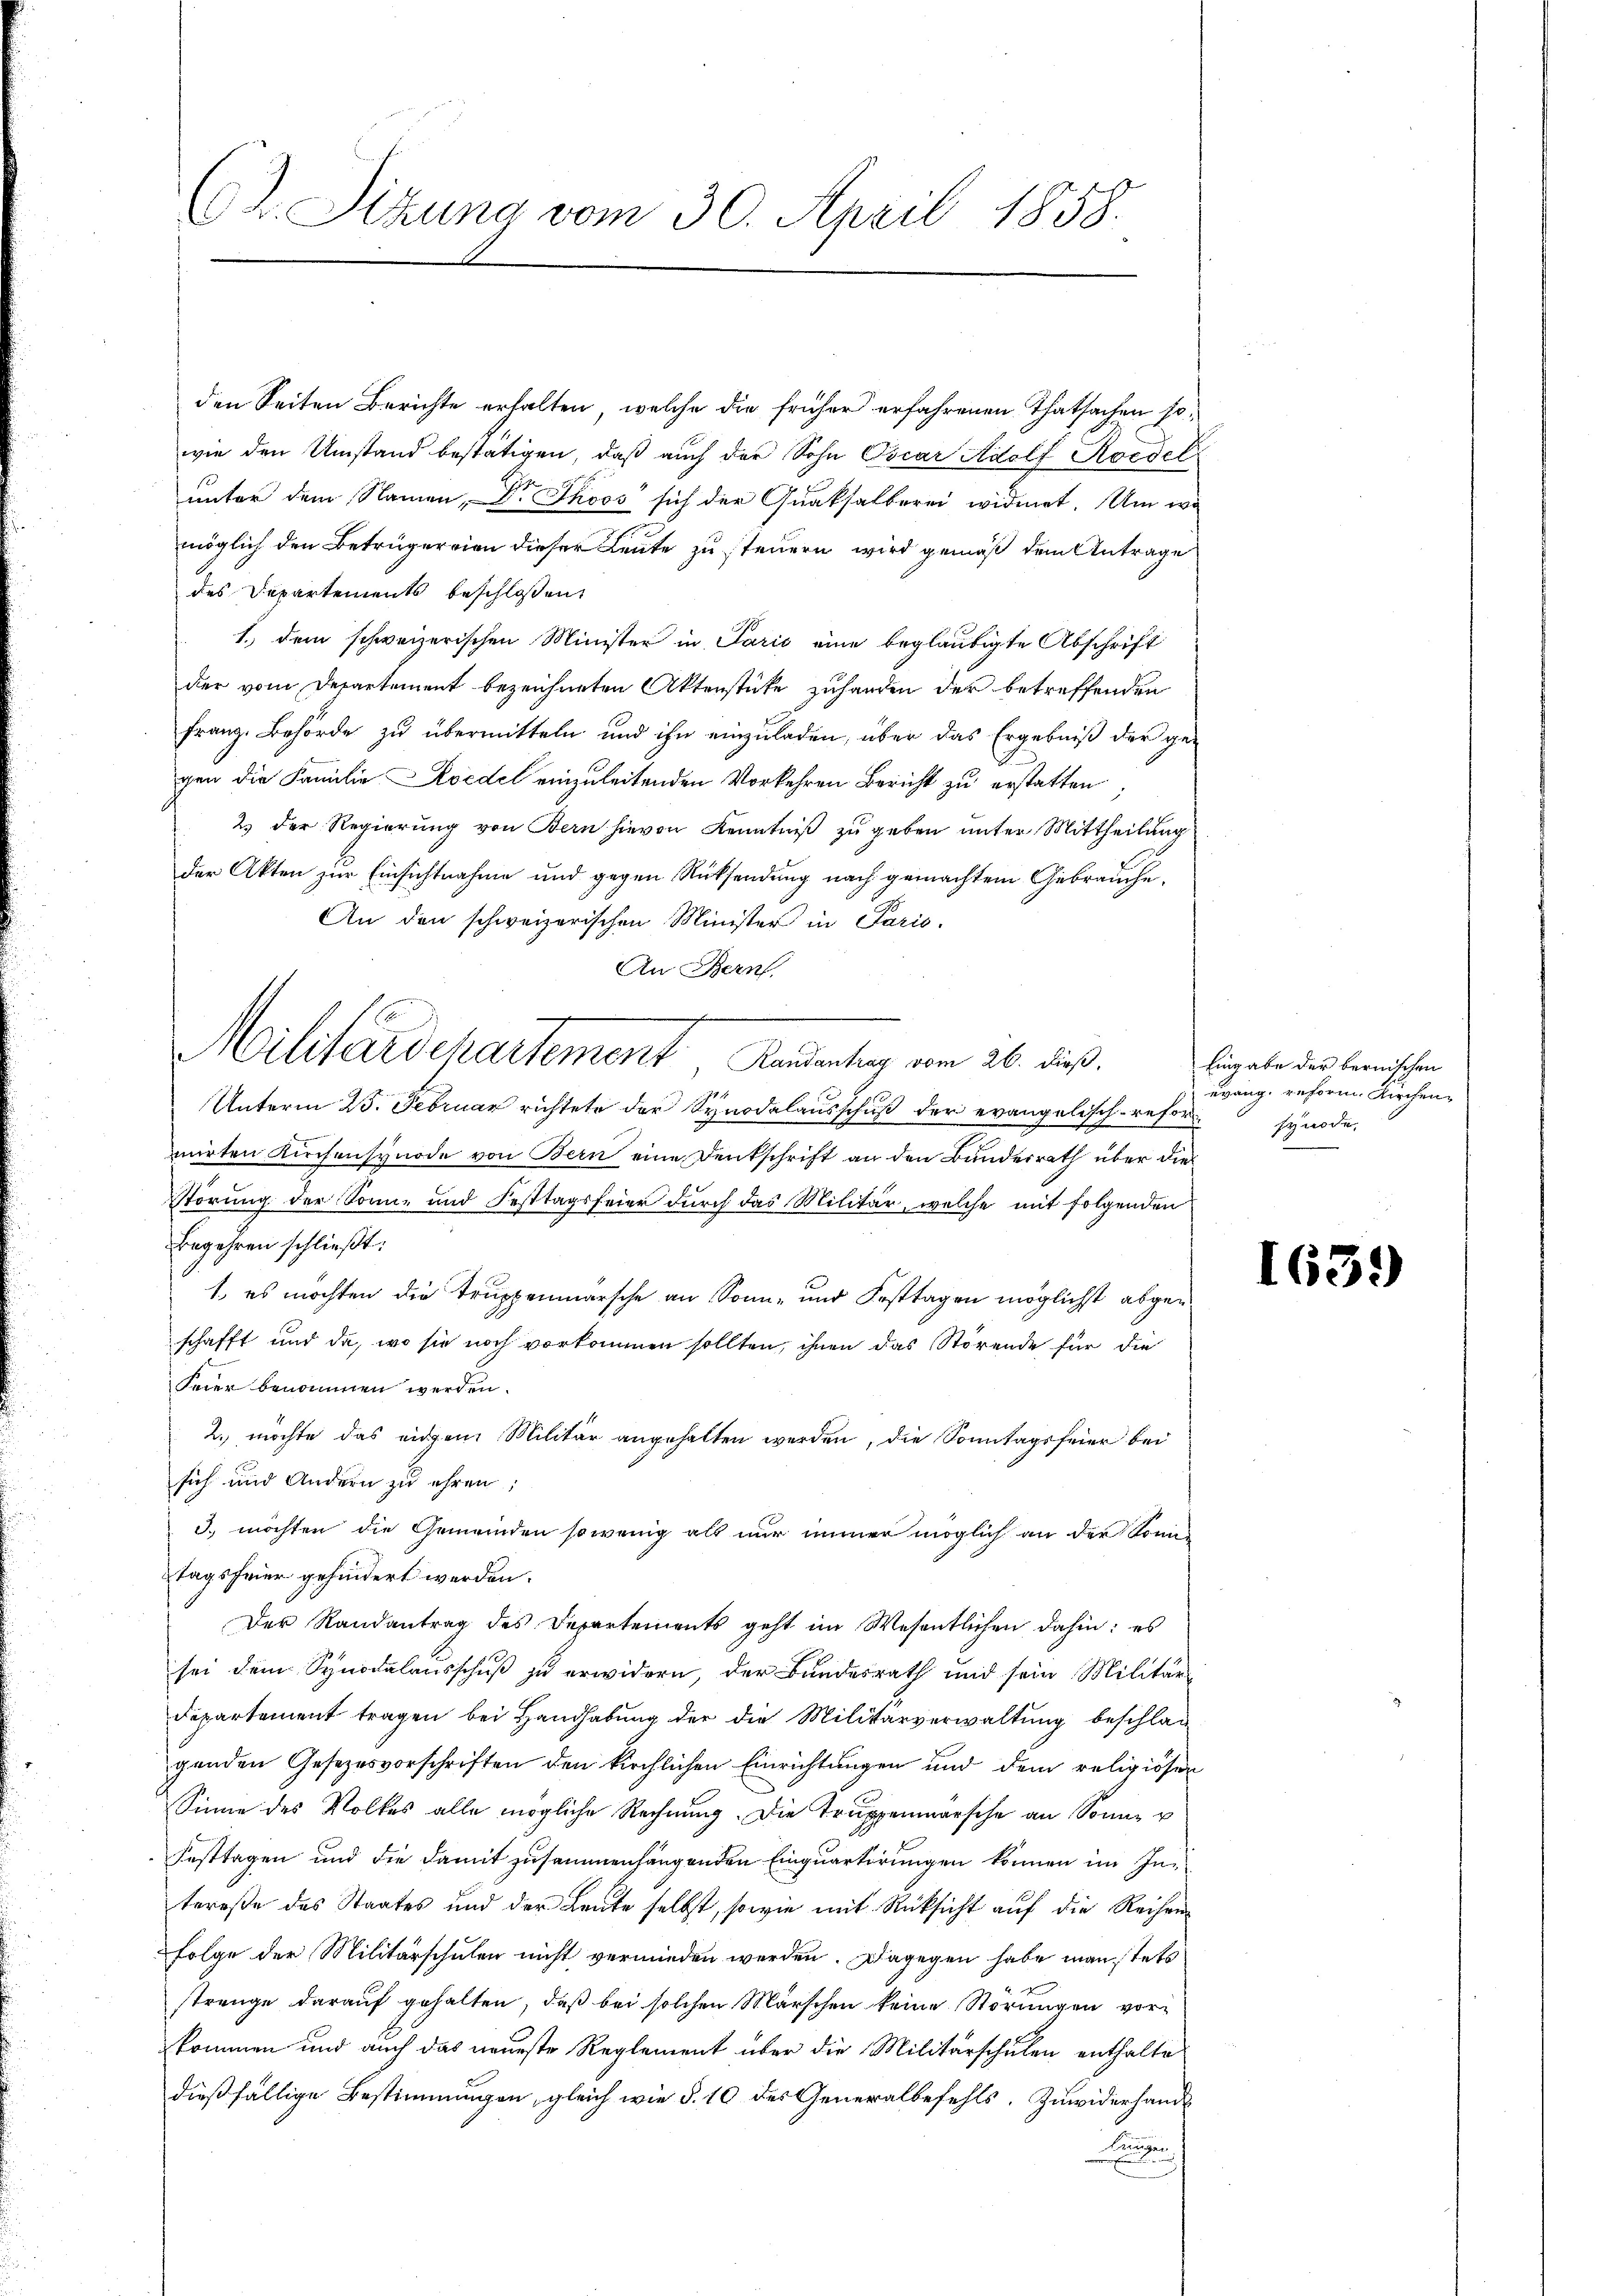
den Seiten Berichte erhalten, welche die früher erfahrenen Thatsachen sowie den Umstand bestätigen, daß auch der Sohn Oscar Adolf Roedel
unter dem Namen, Dr. Thoos sich der Quaksalberei widmet. Um wo
möglich den Betrugereien dieser Leute zu steuern wird gemäß dem Antrage
des Departements beschlossen,
1.) dem schweizerischen Minister in Parić eine beglaubigte Abschrift
der vom Departement bezeichneten Aktenstücke zuhanden der betreffenden
franz. Behörde zu übermitteln und ihn einzuladen, über das Ergebniß der ge-
gen die Familie Redel einzuleitenden Vorkehren Bericht zu erstatten,
2.) Der Regierung von Bern hievon Kenntniß zu geben unter Mittheilung
der Akten zur Einsichtnahme und gegen Rücksendung nach gemachtem Gebrauche,
An den schweizerischen Minister in Paris.
Unterm 25. Februar richtete der Synodalausschuß der evangelisch-reformirten Kirchensynode von Bern eine Denkschrift an den Bundesrath über die
Störung der Sonn- und Festtagsfeier dŭrch das Militär, welche mit folgenden
begehren schließt:
1. es möchten die Truppenmarsche an Sonn- und Festtagen möglichst abgeschafft und da, wo sie noch vorkommen sollten, ihnen das Störende für die
Feier benommen werden.
2. möchte das eidgen. Militär angehalten werden, die Sonntagsfeier bei
sich und Andern zu ehren,
3. möchten die Gemeinden sowenig als nur immer möglich an der Sonn-
tagsfeier gehindert werden.
Der Randantrag des Departements geht im Wesentlichen dahin: es
sei dem Synodalausschuß zu erwidern, der Bundesrath und sein Militär¬
Departement tragen bei Handhabung der die Militärverwaltung beschlag
genden Gesezesvorschriften den kirchlichen Einrichtungen und dem religiösen
Sinne des Volkes alle mögliche Rechnung. Die Truppenmarsche an Sonne u
Festtagen und die damit zusammenhängenden Einquartirungen können im Intereße des Staates und der Leute selbst, sowie mit Rücksicht auf die Reihen¬
Folge der Militärschulen nicht vermieden werden. Dagegen habe man stets
strenge darauf gehalten, daß bei solchen Märschen keine Störungen vorkommen und auch das neueste Reglement über die Militärschulen enthalte
dießfällige Bestimmungen, gleich wie §. 10 der Generalbefehls. Zuwiderhande

C. Sitzung vom 30. April 1858.

An Bern.
f
Militärdepartement Randantrag vom 26. dieß.

Eingabe der bernischen
uvang. reform Kirchensynode,

1639)